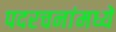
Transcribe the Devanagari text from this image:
पदरचनांमध्ये